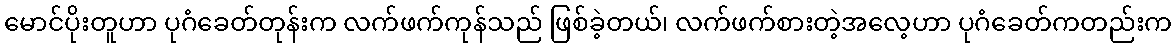
မောင်ပိုးတူဟာ ပုဂံခေတ်တုန်းက လက်ဖက်ကုန်သည် ဖြစ်ခဲ့တယ်၊ လက်ဖက်စားတဲ့အလေ့ဟာ ပုဂံခေတ်ကတည်းက